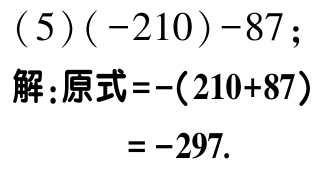
\[(5)(-210)-87;\]
解:原式\(=-(210 + 87)\)
\(= -297.\)